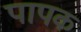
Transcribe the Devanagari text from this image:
पापक